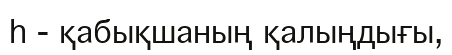
h - қабықшаның қалыңдығы,